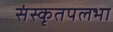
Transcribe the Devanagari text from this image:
संस्कृतपलभा